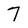
Character: 7